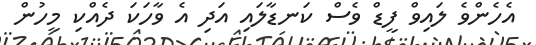
އެހެންވެ ލައިވް ފީޑް ވެސް ކަނޑާލައި އަދި އެ ވާހަކަ ދެއްކި މީހުން